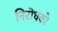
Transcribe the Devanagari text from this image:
निरोधको